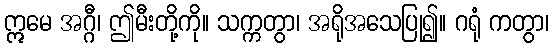
ဣမေ အဂ္ဂီ၊ ဤမီးတို့ကို။ သက္ကတွာ၊ အရိုအသေပြု၍။ ဂရုံ ကတွာ၊